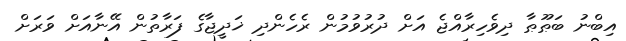
އިބްނު ބަޠޫޠާ ދިވެހިރާއްޖެ އަށް ދުރުވުމުން ރެހެންދި ޚަދީޖާގެ ފަރާތުން އޭނާއަށް ވަރަށް